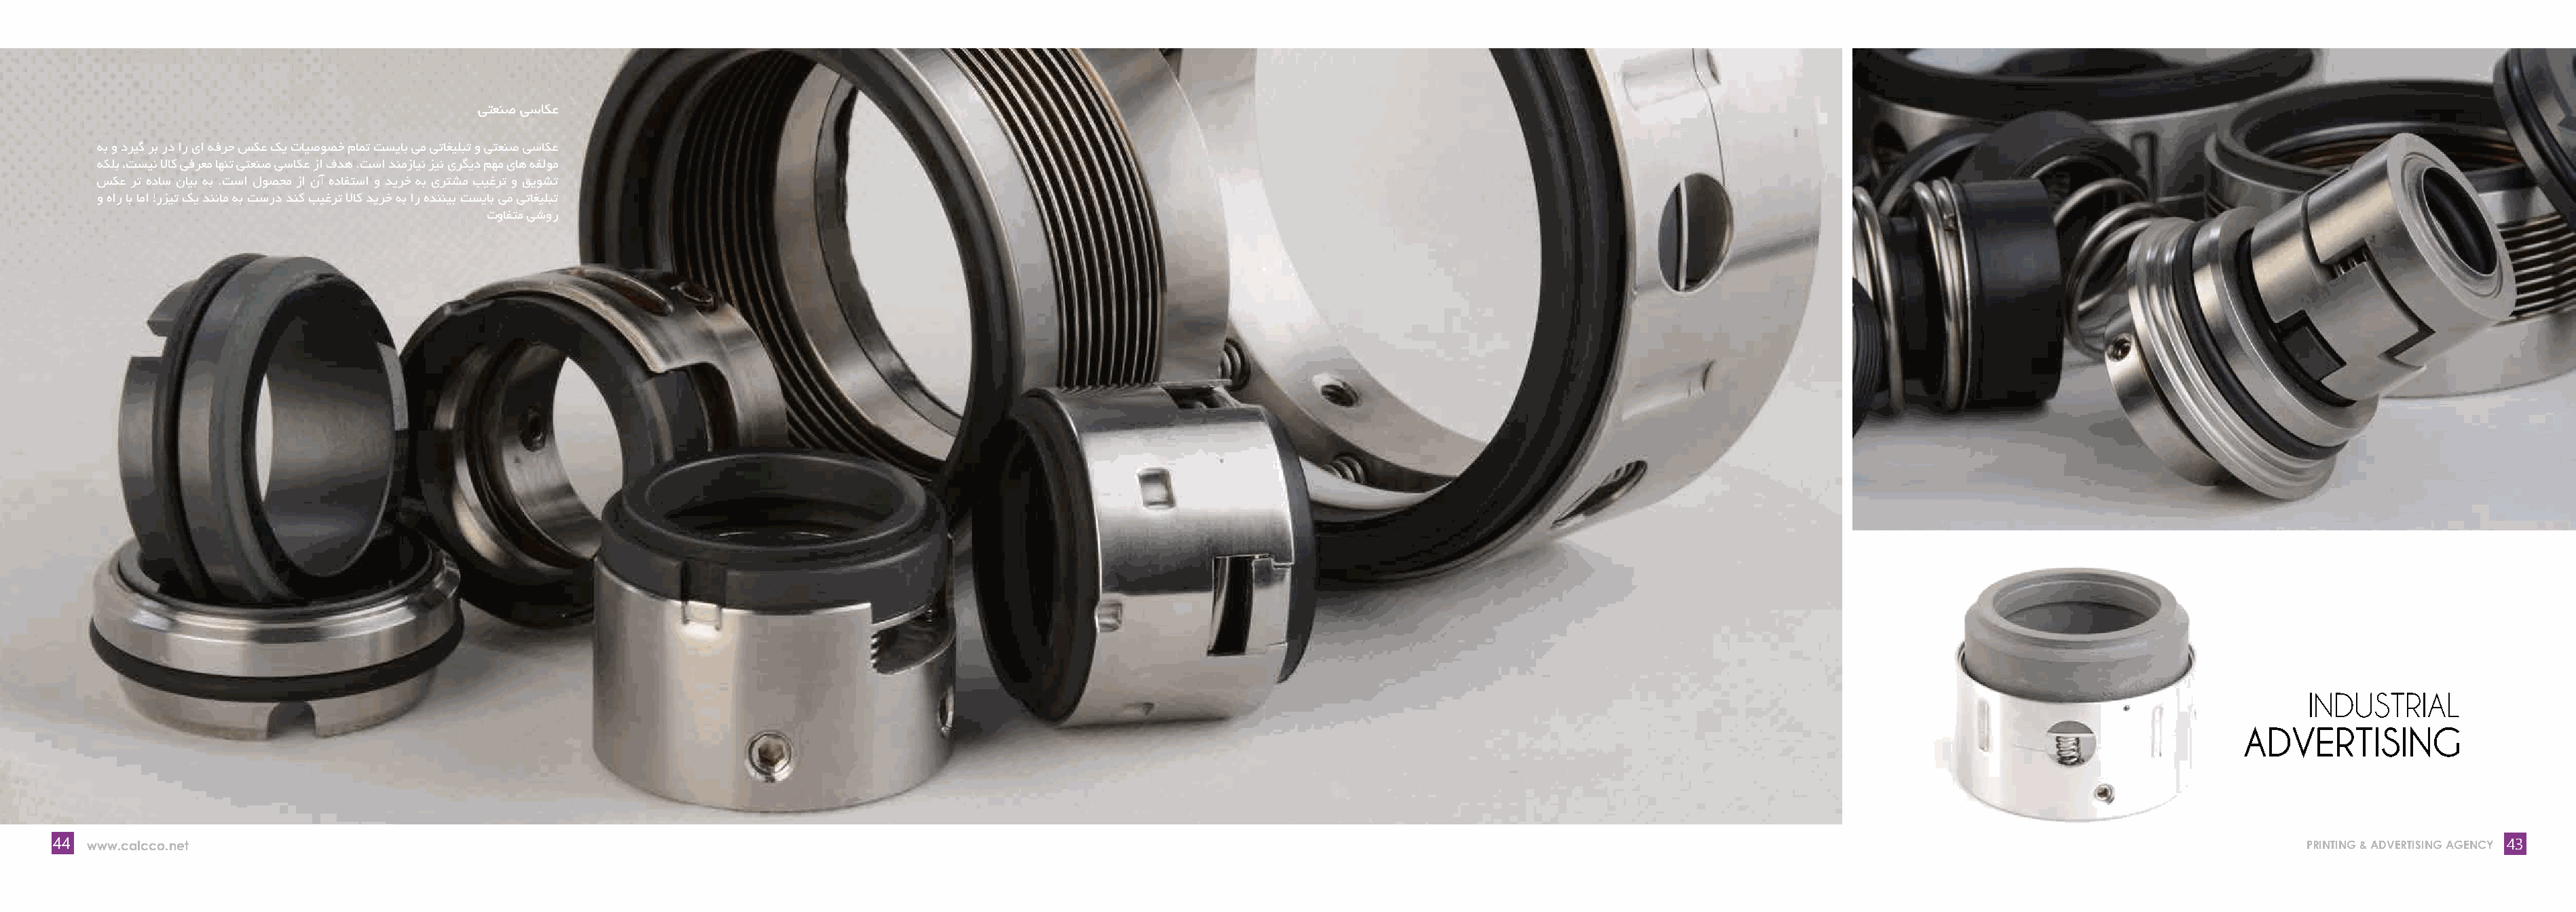
ﻰﺘﻌﻨﺻ ﻰﺳﺎﮑﻋ
 ﻪﺑ و دﺮﯿﮔ ﺮﺑ رد ار ىا ﻪﻓﺮﺣ ﺲﮑﻋ ﮏﯾ تﺎﯿﺻﻮﺼﺧ مﺎﻤﺗ ﺖﺴﯾﺎﺑ ﻰﻣ ﻰﺗﺎﻐﯿﻠﺒﺗ و ﻰﺘﻌﻨﺻ ﻰﺳﺎﮑﻋ
 ﻪﮑﻠﺑ ،ﺖﺴﯿﻧ ﻻﺎﮐ ﻰﻓﺮﻌﻣ ﺎﻬﻨﺗ ﻰﺘﻌﻨﺻ ﻰﺳﺎﮑﻋ زا فﺪﻫ .ﺖﺳا ﺪﻨﻣزﺎﯿﻧ ﺰﯿﻧ ىﺮﮕﯾد ﻢﻬﻣ ىﺎﻫ ﻪﻔﻟﻮﻣ
 ﺲﮑﻋ ﺮﺗ هدﺎﺳ نﺎﯿﺑ ﻪﺑ .ﺖﺳا لﻮﺼﺤﻣ زا نآ هدﺎﻔﺘﺳا و ﺪﯾﺮﺧ ﻪﺑ ىﺮﺘﺸﻣ ﺐﯿﻏﺮﺗ و ﻖﯾﻮﺸﺗ
 و هار ﺎﺑ ﺎﻣا !رﺰﯿﺗ ﮏﯾ ﺪﻨﻧﺎﻣ ﻪﺑ ﺖﺳرد ﺪﻨﮐ ﺐﯿﻏﺮﺗ ﻻﺎﮐ ﺪﯾﺮﺧ ﻪﺑ ار هﺪﻨﻨﯿﺑ ﺖﺴﯾﺎﺑ ﻰﻣ ﻰﺗﺎﻐﯿﻠﺒﺗ
 توﺎﻔﺘﻣ ﻰﺷور
 INDUSTRIAL
 ADVERTISING
 44 www.calcco.net                                                                                                                                                                                                           PRINTING & ADVERTISING AGENCY 43